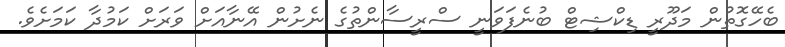
ބެހޭގޮތުން މަދޫރީ ޑިކްޝިޓް ބުނެފަވަނީ ސްރީސާންތުގެ ނެށުން އޭނާއަށް ވަރަށް ކަމުދާ ކަމަށެވެ.